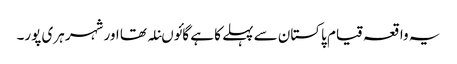
یہ واقعہ قیام پاکستان سے پہلے کا ہے گائوںنلہ تھا اور شہر ہری پور۔